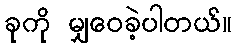
ခုကို မျှဝေခဲ့ပါတယ်။